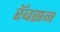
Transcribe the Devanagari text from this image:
रॅबसन